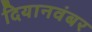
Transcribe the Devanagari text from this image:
दियानवंबर